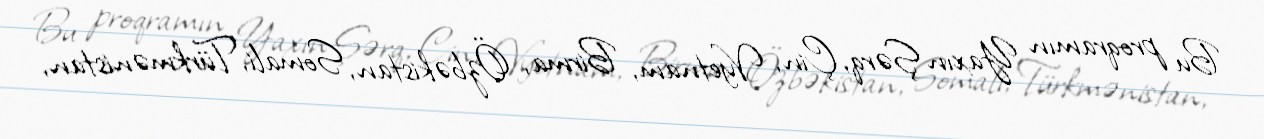
Bu proqramın Yaxın Şərq, Çin, Vyetnam, Birma, Özbəkistan, Somali, Türkmənistan,